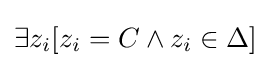
\exists z_{i}[z_{i}=C\land z_{i}\in \Delta ]